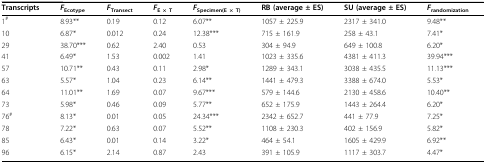
| Transcripts | FEcotype | FTransect | FE × T | FSpecimen(E × T) | RB (average ± ES) | SU (average ± ES) | Frandomization |
 | --- | --- | --- | --- | --- | --- | --- | --- |
 | 1# | 8.93** | 0.19 | 0.12 | 6.07** | 1057 ± 225.9 | 2317 ± 341.0 | 9.48** |
 | 10 | 6.87* | 0.012 | 0.24 | 12.38*** | 715 ± 161.9 | 258 ± 43.1 | 7.41* |
 | 29 | 38.70*** | 0.62 | 2.40 | 0.53 | 304 ± 94.9 | 649 ± 100.8 | 6.20* |
 | 41 | 6.49* | 1.53 | 0.002 | 1.41 | 1023 ± 335.6 | 4381 ± 411.3 | 39.94*** |
 | 57 | 10.71** | 0.43 | 0.11 | 2.98* | 1289 ± 343.1 | 3038 ± 435.5 | 11.13*** |
 | 63 | 5.57* | 1.04 | 0.23 | 6.14** | 1441 ± 479.3 | 3388 ± 674.0 | 5.53* |
 | 64 | 11.01** | 1.69 | 0.07 | 9.67*** | 579 ± 144.6 | 2130 ± 458.6 | 10.40** |
 | 73 | 5.98* | 0.46 | 0.09 | 5.77** | 652 ± 175.9 | 1443 ± 264.4 | 6.20* |
 | 76# | 8.13* | 0.01 | 0.05 | 24.34*** | 2342 ± 652.7 | 441 ± 77.9 | 7.25* |
 | 78 | 7.22* | 0.63 | 0.07 | 5.52** | 1108 ± 230.3 | 402 ± 156.9 | 5.82* |
 | 85 | 6.43* | 0.01 | 0.14 | 3.22* | 464 ± 54.1 | 1605 ± 429.9 | 6.92** |
 | 96 | 6.15* | 2.14 | 0.87 | 2.43 | 391 ± 105.9 | 1117 ± 303.7 | 4.47* |